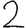
Digit: 2